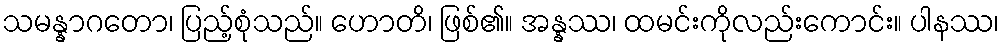
သမန္နာဂတော၊ ပြည့်စုံသည်။ ဟောတိ၊ ဖြစ်၏။ အန္နဿ၊ ထမင်းကိုလည်းကောင်း။ ပါနဿ၊